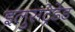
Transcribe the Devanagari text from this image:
इलुसट्रेडेड